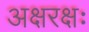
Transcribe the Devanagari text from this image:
अक्षरक्षः